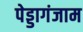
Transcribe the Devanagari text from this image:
पेड्डागंजाम